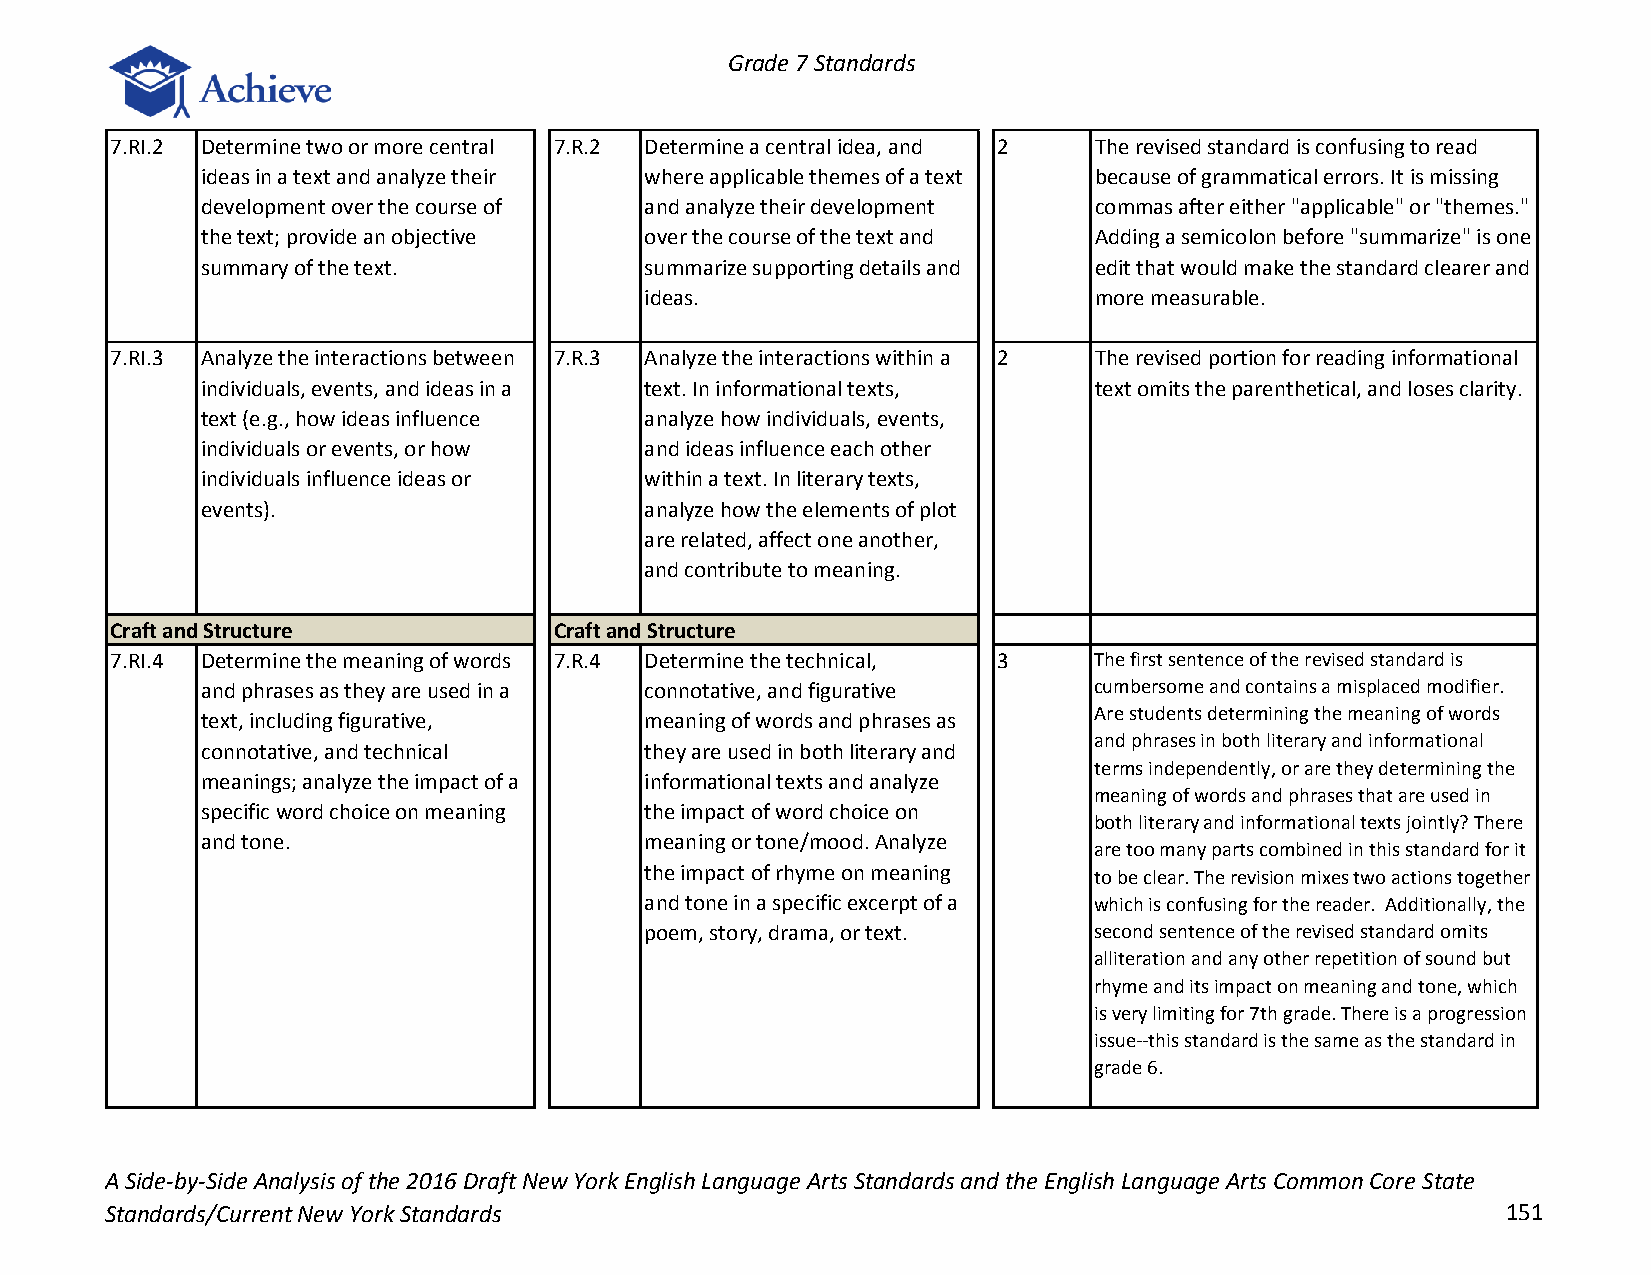
Grade 7 Standards
 7.RI.2 Determine two or more central 7.R.2 Determine a central idea, and 2 The revised standard is confusing to read
 ideas in a text and analyze their where applicable themes of a text because of grammatical errors. It is missing
 development over the course of and analyze their development commas after either "applicable" or "themes."
 the text; provide an objective over the course of the text and Adding a semicolon before "summarize" is one
 summary of the text.          summarize supporting details and edit that would make the standard clearer and
 ideas.                       more measurable.
 7.RI.3 Analyze the interactions between 7.R.3 Analyze the interactions within a 2 The revised portion for reading informational
 individuals, events, and ideas in a text. In informational texts, text omits the parenthetical, and loses clarity.
 text (e.g., how ideas influence analyze how individuals, events,
 individuals or events, or how and ideas influence each other
 individuals influence ideas or within a text. In literary texts,
 events).                      analyze how the elements of plot
 are related, affect one another,
 and contribute to meaning.
 Craft and Structure           Craft and Structure
 7.RI.4 Determine the meaning of words 7.R.4 Determine the technical, 3 The first sentence of the revised standard is
 and phrases as they are used in a connotative, and figurative cumbersome and contains a misplaced modifier.
 Are students determining the meaning of words
 text, including figurative,   meaning of words and phrases as
 and phrases in both literary and informational
 connotative, and technical    they are used in both literary and
 terms independently, or are they determining the
 meanings; analyze the impact of a informational texts and analyze
 meaning of words and phrases that are used in
 specific word choice on meaning the impact of word choice on
 both literary and informational texts jointly? There
 and tone.                     meaning or tone/mood. Analyze
 are too many parts combined in this standard for it
 the impact of rhyme on meaning to be clear. The revision mixes two actions together
 and tone in a specific excerpt of a which is confusing for the reader. Additionally, the
 poem, story, drama, or text. second sentence of the revised standard omits
 alliteration and any other repetition of sound but
 rhyme and its impact on meaning and tone, which
 is very limiting for 7th grade. There is a progression
 issue--this standard is the same as the standard in
 grade 6.
 A Side-by-Side Analysis of the 2016 Draft New York English Language Arts Standards and the English Language Arts Common Core State
 Standards/Current New York Standards                                                         151